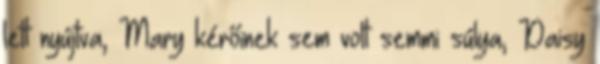
lett nyújtva, Mary kérőinek sem volt semmi súlya, Daisy